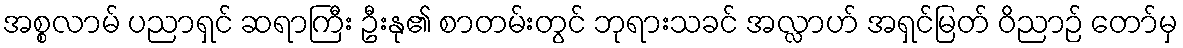
အစ္စလာမ် ပညာရှင် ဆရာကြီး ဦးနု၏ စာတမ်းတွင် ဘုရားသခင် အလ္လာဟ် အရှင်မြတ် ဝိညာဉ် တော်မှ